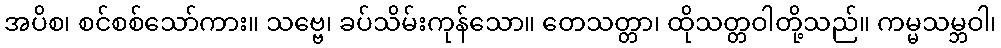
အပိစ၊ စင်စစ်သော်ကား။ သဗ္ဗေ၊ ခပ်သိမ်းကုန်သော။ တေသတ္တာ၊ ထိုသတ္တဝါတို့သည်။ ကမ္မသမ္ဘဝါ၊